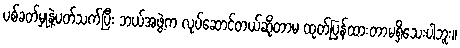
ပစ်ခတ်မှုနဲ့ပတ်သက်ပြီး ဘယ်အဖွဲ့က လုပ်ဆောင်တယ်ဆိုတာမ ထုတ်ပြန်ထားတာမရှိသေးပါဘူး။